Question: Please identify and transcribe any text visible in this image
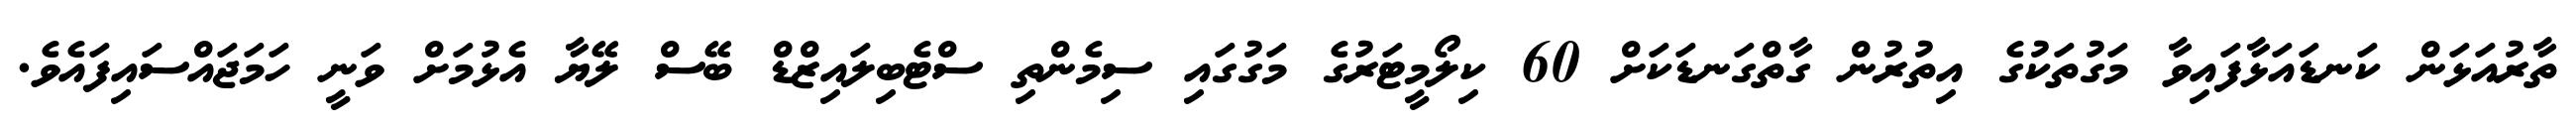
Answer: ތާރުއަޅަން ކަނޑައަޅާފައިވާ މަގުތަކުގެ އިތުރުން ގާތްގަނޑަކަށް 60 ކިލޯމީޓަރުގެ މަގުގައި ސިމެންތި ސްޓެބިލައިޒްޑް ބޭސް ލޭޔާ އެޅުމަށް ވަނީ ހަމަޖައްސައިފައެވެ.